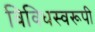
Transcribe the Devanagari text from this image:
विविधस्वरूपी